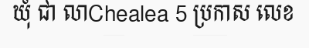
ឃុំ ជា លាChealea 5 ប្រកាស លេខ